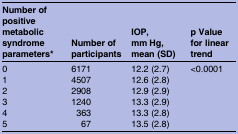
<table><thead><tr><td><b>Number of positive metabolic syndrome parameters*</b></td><td><b>Number of participants</b></td><td><b>IOP, mm Hg, mean (SD)</b></td><td><b>p Value for linear trend</b></td></tr></thead><tbody><tr><td>0</td><td>6171</td><td>12.2 (2.7)</td><td>&lt;0.0001</td></tr><tr><td>1</td><td>4507</td><td>12.6 (2.8)</td><td></td></tr><tr><td>2</td><td>2908</td><td>12.9 (2.9)</td><td></td></tr><tr><td>3</td><td>1240</td><td>13.3 (2.9)</td><td></td></tr><tr><td>4</td><td>363</td><td>13.3 (2.8)</td><td></td></tr><tr><td>5</td><td>67</td><td>13.5 (2.8)</td><td></td></tr></tbody></table>